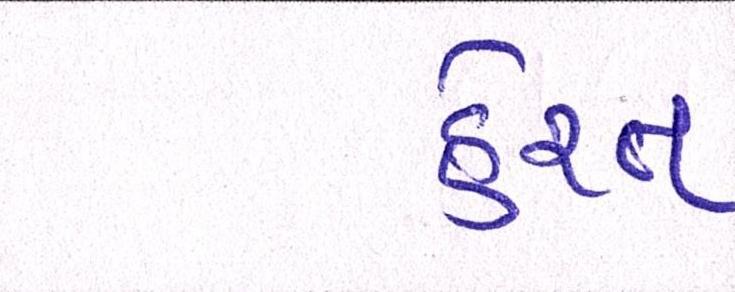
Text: હેરત